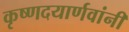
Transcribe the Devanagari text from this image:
कृष्णदयार्णवांनी